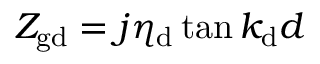
Z _ { \mathrm { g d } } = j \eta _ { \mathrm { d } } \tan { k _ { \mathrm { d } } d }